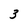
Character: 3